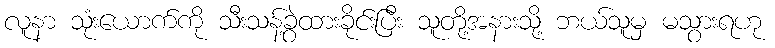
လူနာ သုံးယောက်ကို သီးသန့်ခွဲထားခိုင်းပြီး သူတို့အနားသို့ ဘယ်သူမှ မသွားရဟု